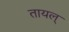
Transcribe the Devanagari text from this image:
तायल्